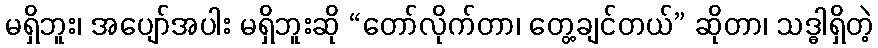
မရှိဘူး၊ အပျော်အပါး မရှိဘူးဆို “တော်လိုက်တာ၊ တွေ့ချင်တယ်” ဆိုတာ၊ သဒ္ဓါရှိတဲ့